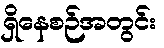
ရှိနေစဉ်အတွင်း